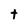
Character: t